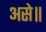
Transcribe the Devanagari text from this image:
असे॥